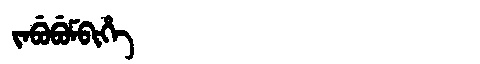
Manchu: ᠵᠠᠪᡠᠪᡠᠮᠪᡳᡥᡝ
Romanization: JABUBUMBIHE